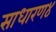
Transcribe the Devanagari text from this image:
साधारण४